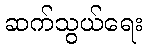
ဆက်သွယ်ရေး